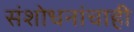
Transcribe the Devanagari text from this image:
संशोधनांचाही